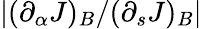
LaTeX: |(\partial_{\alpha}J)_{B}/(\partial_{s}J)_{B}|